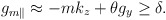
\begin{align*} g_{m\parallel }\approx-mk_{z}+\theta g_{y}\geq \delta .\end{align*}